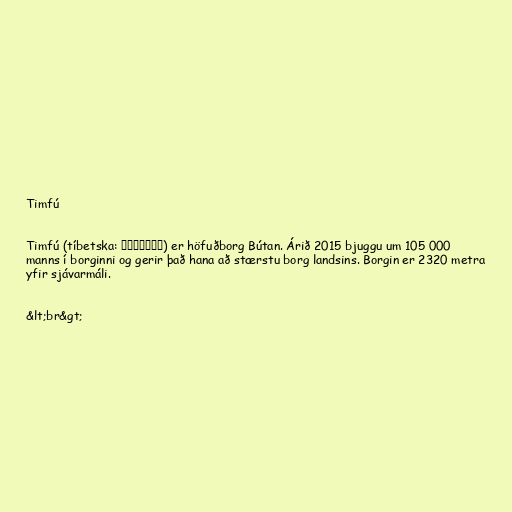
Timfú

Timfú (tíbetska: ཐིམ་ཕུ་) er höfuðborg Bútan. Árið 2015 bjuggu um 105 000
manns í borginni og gerir það hana að stærstu borg landsins. Borgin er 2320 metra
yfir sjávarmáli.

&lt;br&gt;